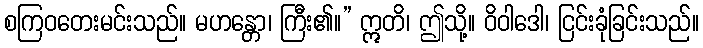
စကြဝတေးမင်းသည်။ မဟန္တော၊ ကြီး၏။” ဣတိ၊ ဤသို့။ ဝိဝါဒေါ၊ ငြင်းခုံခြင်းသည်။